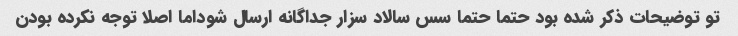
تو توضیحات ذکر شده بود حتما حتما سس سالاد سزار جداگانه ارسال شوداما اصلا توجه نکرده بودن